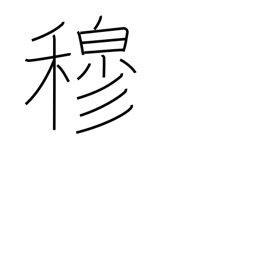
Meaning: respectful